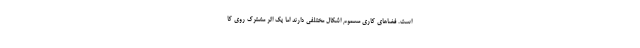
است. فضاهای کاری مسموم اشکال مختلفی دارند اما یک اثر مشترک روی کا